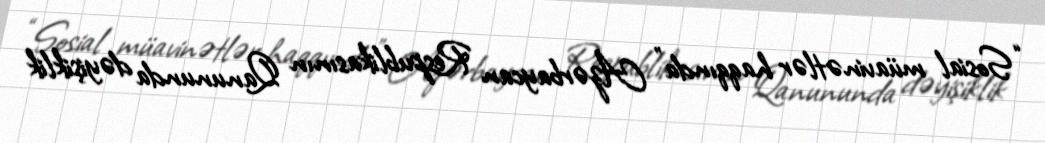
“Sosial müavinətlər haqqında” Azərbaycan Respublikasının Qanununda dəyişiklik